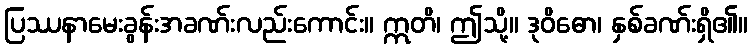
ပြဿနာမေးခွန်းအခဏ်းလည်းကောင်း။ ဣတိ၊ ဤသို့။ ဒုဝိဓော၊ နှစ်ခဏ်းရှိ၏။